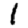
Digit: 1